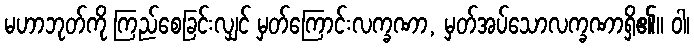
မဟာဘုတ်ကို ကြည်စေခြင်းလျှင် မှတ်ကြောင်းလက္ခဏာ, မှတ်အပ်သောလက္ခဏာရှိ၏။ ဝါ၊